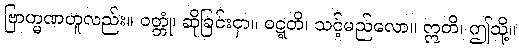
ဗြာဟ္မဏဟူလည်း။ ဝတ္တုံ၊ ဆိုခြင်းငှာ။ ဝဋ္ဋတိ၊ သင့်မည်လော။ ဣတိ၊ ဤသို့။